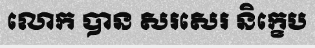
លោក បាន សរសេរ និក្ខេប